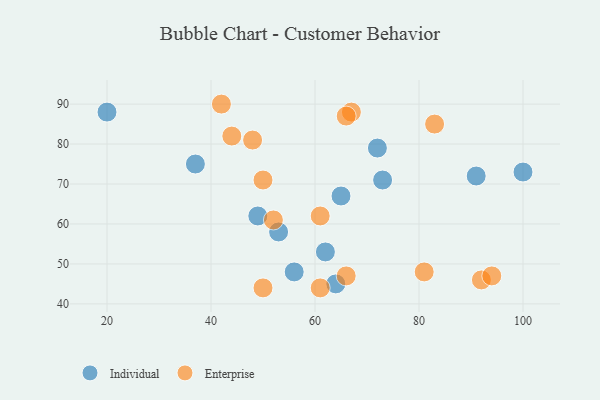
{"axis": {"x": "GDP", "y": "Life Expectancy"}, "legend": ["Enterprise", "Individual"], "data": [{"x": "53", "y": 58, "type": "Individual"}, {"x": "62", "y": 53, "type": "Individual"}, {"x": "37", "y": 75, "type": "Individual"}, {"x": "72", "y": 79, "type": "Individual"}, {"x": "91", "y": 72, "type": "Individual"}, {"x": "64", "y": 45, "type": "Individual"}, {"x": "20", "y": 88, "type": "Individual"}, {"x": "49", "y": 62, "type": "Individual"}, {"x": "56", "y": 48, "type": "Individual"}, {"x": "73", "y": 71, "type": "Individual"}, {"x": "65", "y": 67, "type": "Individual"}, {"x": "100", "y": 73, "type": "Individual"}, {"x": "67", "y": 88, "type": "Enterprise"}, {"x": "50", "y": 44, "type": "Enterprise"}, {"x": "42", "y": 90, "type": "Enterprise"}, {"x": "92", "y": 46, "type": "Enterprise"}, {"x": "61", "y": 62, "type": "Enterprise"}, {"x": "94", "y": 47, "type": "Enterprise"}, {"x": "66", "y": 47, "type": "Enterprise"}, {"x": "83", "y": 85, "type": "Enterprise"}, {"x": "50", "y": 71, "type": "Enterprise"}, {"x": "48", "y": 81, "type": "Enterprise"}, {"x": "66", "y": 87, "type": "Enterprise"}, {"x": "61", "y": 44, "type": "Enterprise"}, {"x": "81", "y": 48, "type": "Enterprise"}, {"x": "52", "y": 61, "type": "Enterprise"}, {"x": "44", "y": 82, "type": "Enterprise"}]}